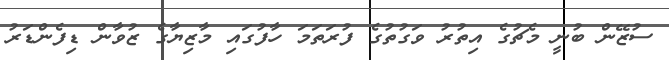
ސުޒޭން ބުނީ މެޗުގެ އިތުރު ވަގުތުގެ ފުރަތަމަ ހާފުގައި މާޒިޔާގެ ޒުވާން ޑިފެންޑަރު